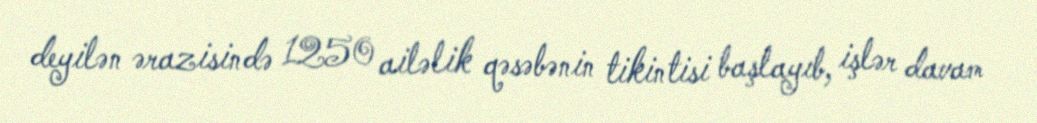
deyilən ərazisində 1250 ailəlik qəsəbənin tikintisi başlayıb, işlər davam